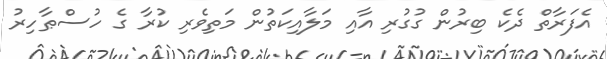
އެފަރާތް ދެކެ ބިރުން ގުގުރި އާއި މަލާއިކަތުން މަތިވެރި ކުރާ ގެ ހުސްޠާހިރު